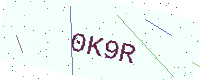
Text: 0K9R